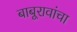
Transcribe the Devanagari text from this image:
बाबूरावांचा